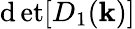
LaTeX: \operatorname*{\mathrm{d}et}[D_{1}(\mathbf{k})]